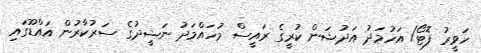
ހަވީރު ފޮޓޯ/ އަހުމަދު އަދުޝަން ކުރީގެ ރައީސް މުހައްމަދު ނަޝީދުގެ ސަރުކާރުން އައްޑޫގައި